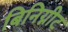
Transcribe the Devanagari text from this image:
बिनिग्नीट